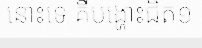
នោះទេ គឺបង្ហោះជិត១